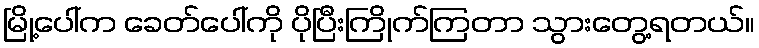
မြို့ပေါ်က ခေတ်ပေါ်ကို ပိုပြီးကြိုက်ကြတာ သွားတွေ့ရတယ်။